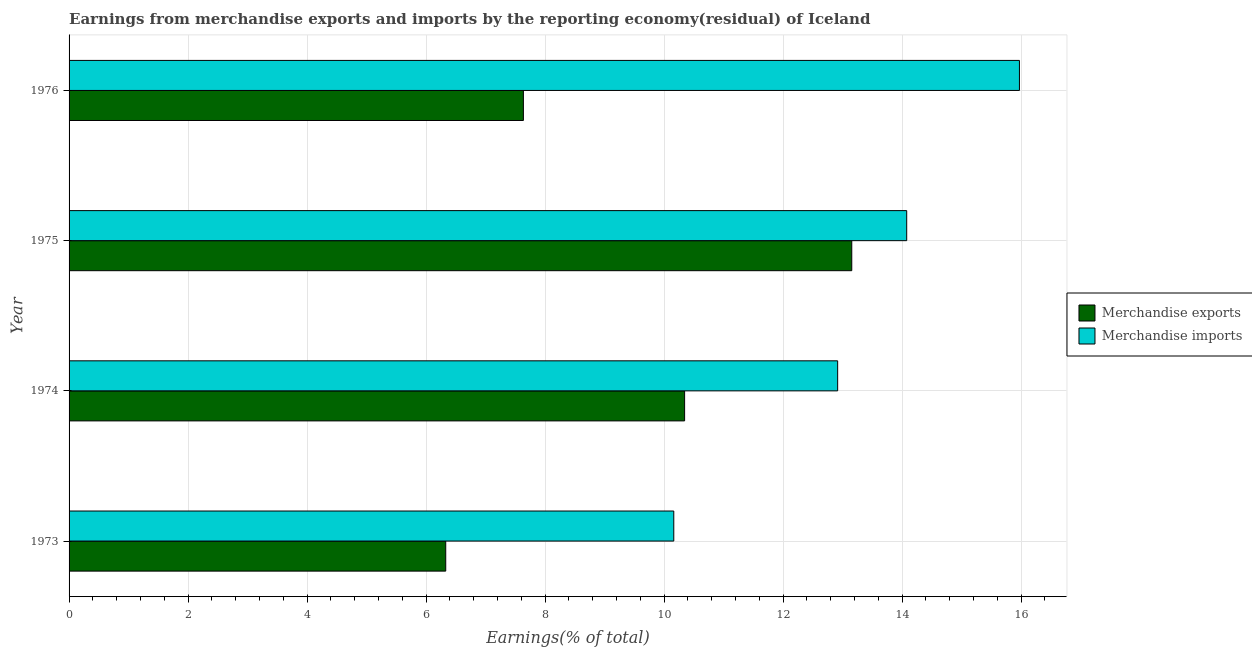
| Year | Merchandise exports | Merchandise imports |
 | --- | --- | --- |
 | 1973 | 6.33 | 10.2 |
 | 1974 | 10.3 | 12.9 |
 | 1975 | 13.2 | 14.1 |
 | 1976 | 7.63 | 16 |